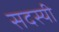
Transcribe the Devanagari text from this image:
सदस्यी